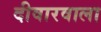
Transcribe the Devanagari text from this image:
दीवारवाला